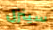
سينزل